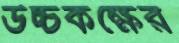
উচ্চকক্ষের